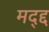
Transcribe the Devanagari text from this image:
मद्द्द